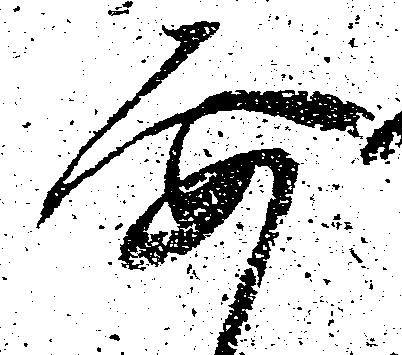
要